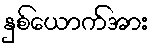
နှစ်ယောက်အား